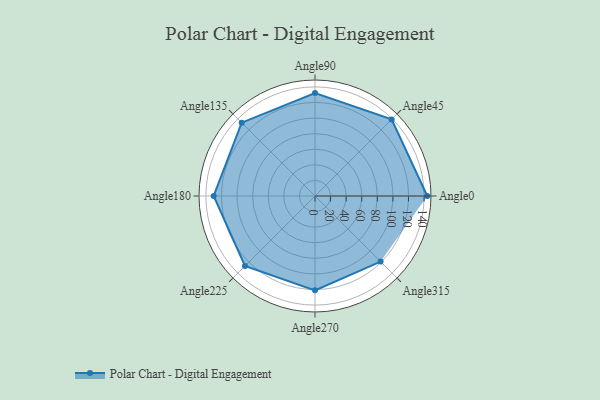
{"axis": {"x": "Angle", "y": "Radius"}, "legend": [""], "data": [{"x": "Angle0", "y": 144.0, "type": ""}, {"x": "Angle45", "y": 139.0, "type": ""}, {"x": "Angle90", "y": 132.0, "type": ""}, {"x": "Angle135", "y": 133.0, "type": ""}, {"x": "Angle180", "y": 130.0, "type": ""}, {"x": "Angle225", "y": 127.0, "type": ""}, {"x": "Angle270", "y": 121.0, "type": ""}, {"x": "Angle315", "y": 119.0, "type": ""}]}